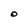
Character: O